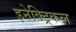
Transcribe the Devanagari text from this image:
इनेक्‍ट्रिकल